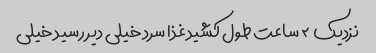
نزدیک ۲ ساعت طول کشید غذا سرد خیلی دیر رسید خیلی